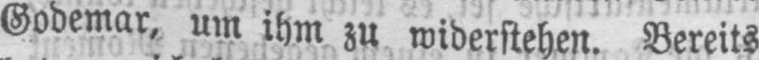
Godemar, um ihm zu widerstehen. Bereits